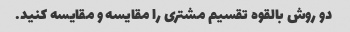
دو روش بالقوه تقسیم مشتری را مقایسه و مقایسه کنید.